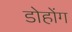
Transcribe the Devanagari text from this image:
डोहोंग